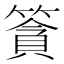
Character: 𥱷